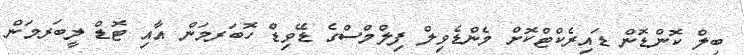
ބިލް ކޮންޑޮން ޑައިރެކްޓްކޮށް މެންޑެވިލް ފިލްމްސްގެ ޑޭވިޑް ހޮބަރމަން އާއި ޓޮޑް ލީބަރމަން